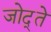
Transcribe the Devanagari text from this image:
जोद्ते